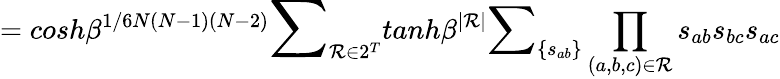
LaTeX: =cosh\beta^{1/6N(N-1)(N-2)}{\Large\sum}_{\mathcal{R}\in2^{T}}tanh\beta^{|\mathcal{R}|}{\large\sum}_{\{ s_{ab}\} }\prod_{(a,b,c)\in\mathcal{R}}s_{ab}s_{bc}s_{ac}